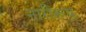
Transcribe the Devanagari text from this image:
नारीरूप